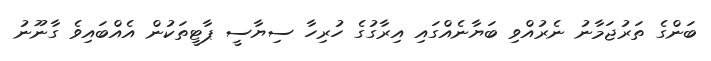
ބަންގެ ތަރުޖަމާނު ނެރުއްވި ބަޔާނެއްގައި އިރާގުގެ ހުރިހާ ސިޔާސީ ޕާޓީތަކުން އެއްބައިވެ ގާނޫނު